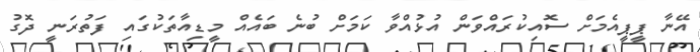
އޭނާ ޕީޕީއެމަށް ސޮއިކުރައްވަން އުޅުއްވާ ކަމަށް ބުނެ ބައެއް މީޑިއާތަކުގައި ފަތުރަނީ ދޮގު